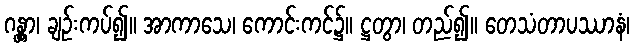
ဂန္တွာ၊ ချဉ်းကပ်၍။ အာကာသေ၊ ကောင်းကင်၌။ ဋ္ဌတွာ၊ တည်၍။ တေသံတာပဿာနံ၊